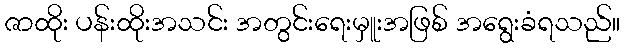
ဇာထိုး ပန်းထိုးအသင်း အတွင်းရေးမှူးအဖြစ် အရွေးခံရသည်။